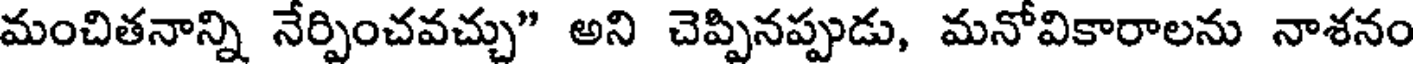
మంచితనాన్ని నేర్పించవచ్చు" అని చెప్పినప్పుడు, మనోవికారాలను నాశనం